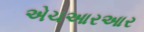
એચઆરઆર